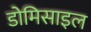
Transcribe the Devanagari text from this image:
डोमिसाइल